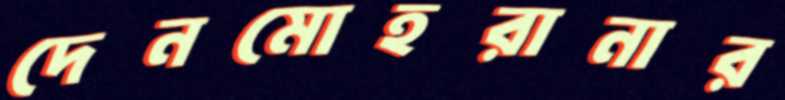
দেনমোহরানার